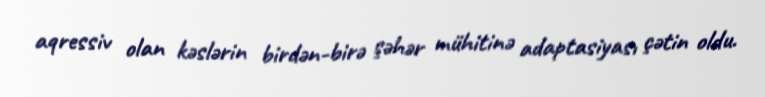
aqressiv olan kəslərin birdən-birə şəhər mühitinə adaptasiyası çətin oldu.